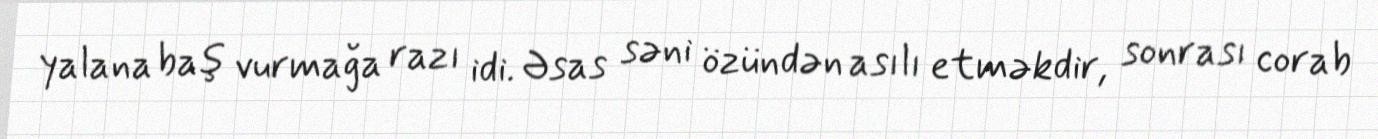
yalana baş vurmağa razı idi. Əsas səni özündən asılı etməkdir, sonrası corab